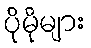
ပိုမိုများ